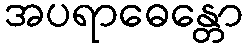
အပရာဓေန္တော